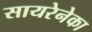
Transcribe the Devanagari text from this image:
सायरेनेका